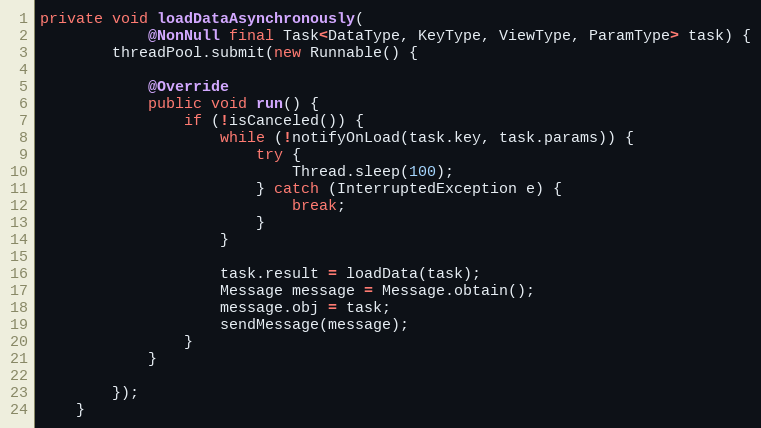
Language: Java
private void loadDataAsynchronously(
            @NonNull final Task<DataType, KeyType, ViewType, ParamType> task) {
        threadPool.submit(new Runnable() {

            @Override
            public void run() {
                if (!isCanceled()) {
                    while (!notifyOnLoad(task.key, task.params)) {
                        try {
                            Thread.sleep(100);
                        } catch (InterruptedException e) {
                            break;
                        }
                    }

                    task.result = loadData(task);
                    Message message = Message.obtain();
                    message.obj = task;
                    sendMessage(message);
                }
            }

        });
    }